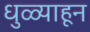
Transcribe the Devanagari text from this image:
धुळ्याहून